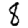
Digit: 8